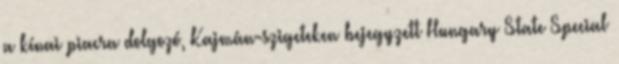
a kínai piacra dolgozó, Kajmán-szigeteken bejegyzett Hungary State Special